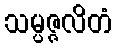
သမ္ပဇ္ဇလိတံ